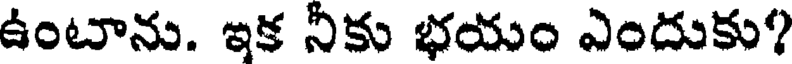
ఉంటాను. ఇక నీకు భయం ఎందుకు?